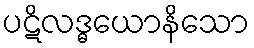
ပဋိလဒ္ဓယောနိသော